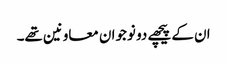
ان کے پیچھے دو نوجوان معاونین تھے۔